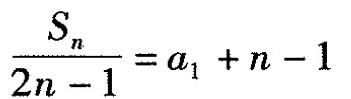
$$\frac { S _ { n } } { 2 n - 1 } = a _ { 1 } + n - 1$$